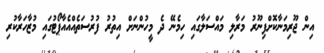
އިން ޖޫރިމަނާކޮށްފިނޫރު މަރާލި މައްސަލާގައި ހިމެނޭ ދެ މީހުންނަށް އިތުރު ފުރުސަތެއްއެއާޕޯޓުގައި މުޒާހަރާކުރި